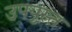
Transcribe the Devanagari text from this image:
उपयुस्त